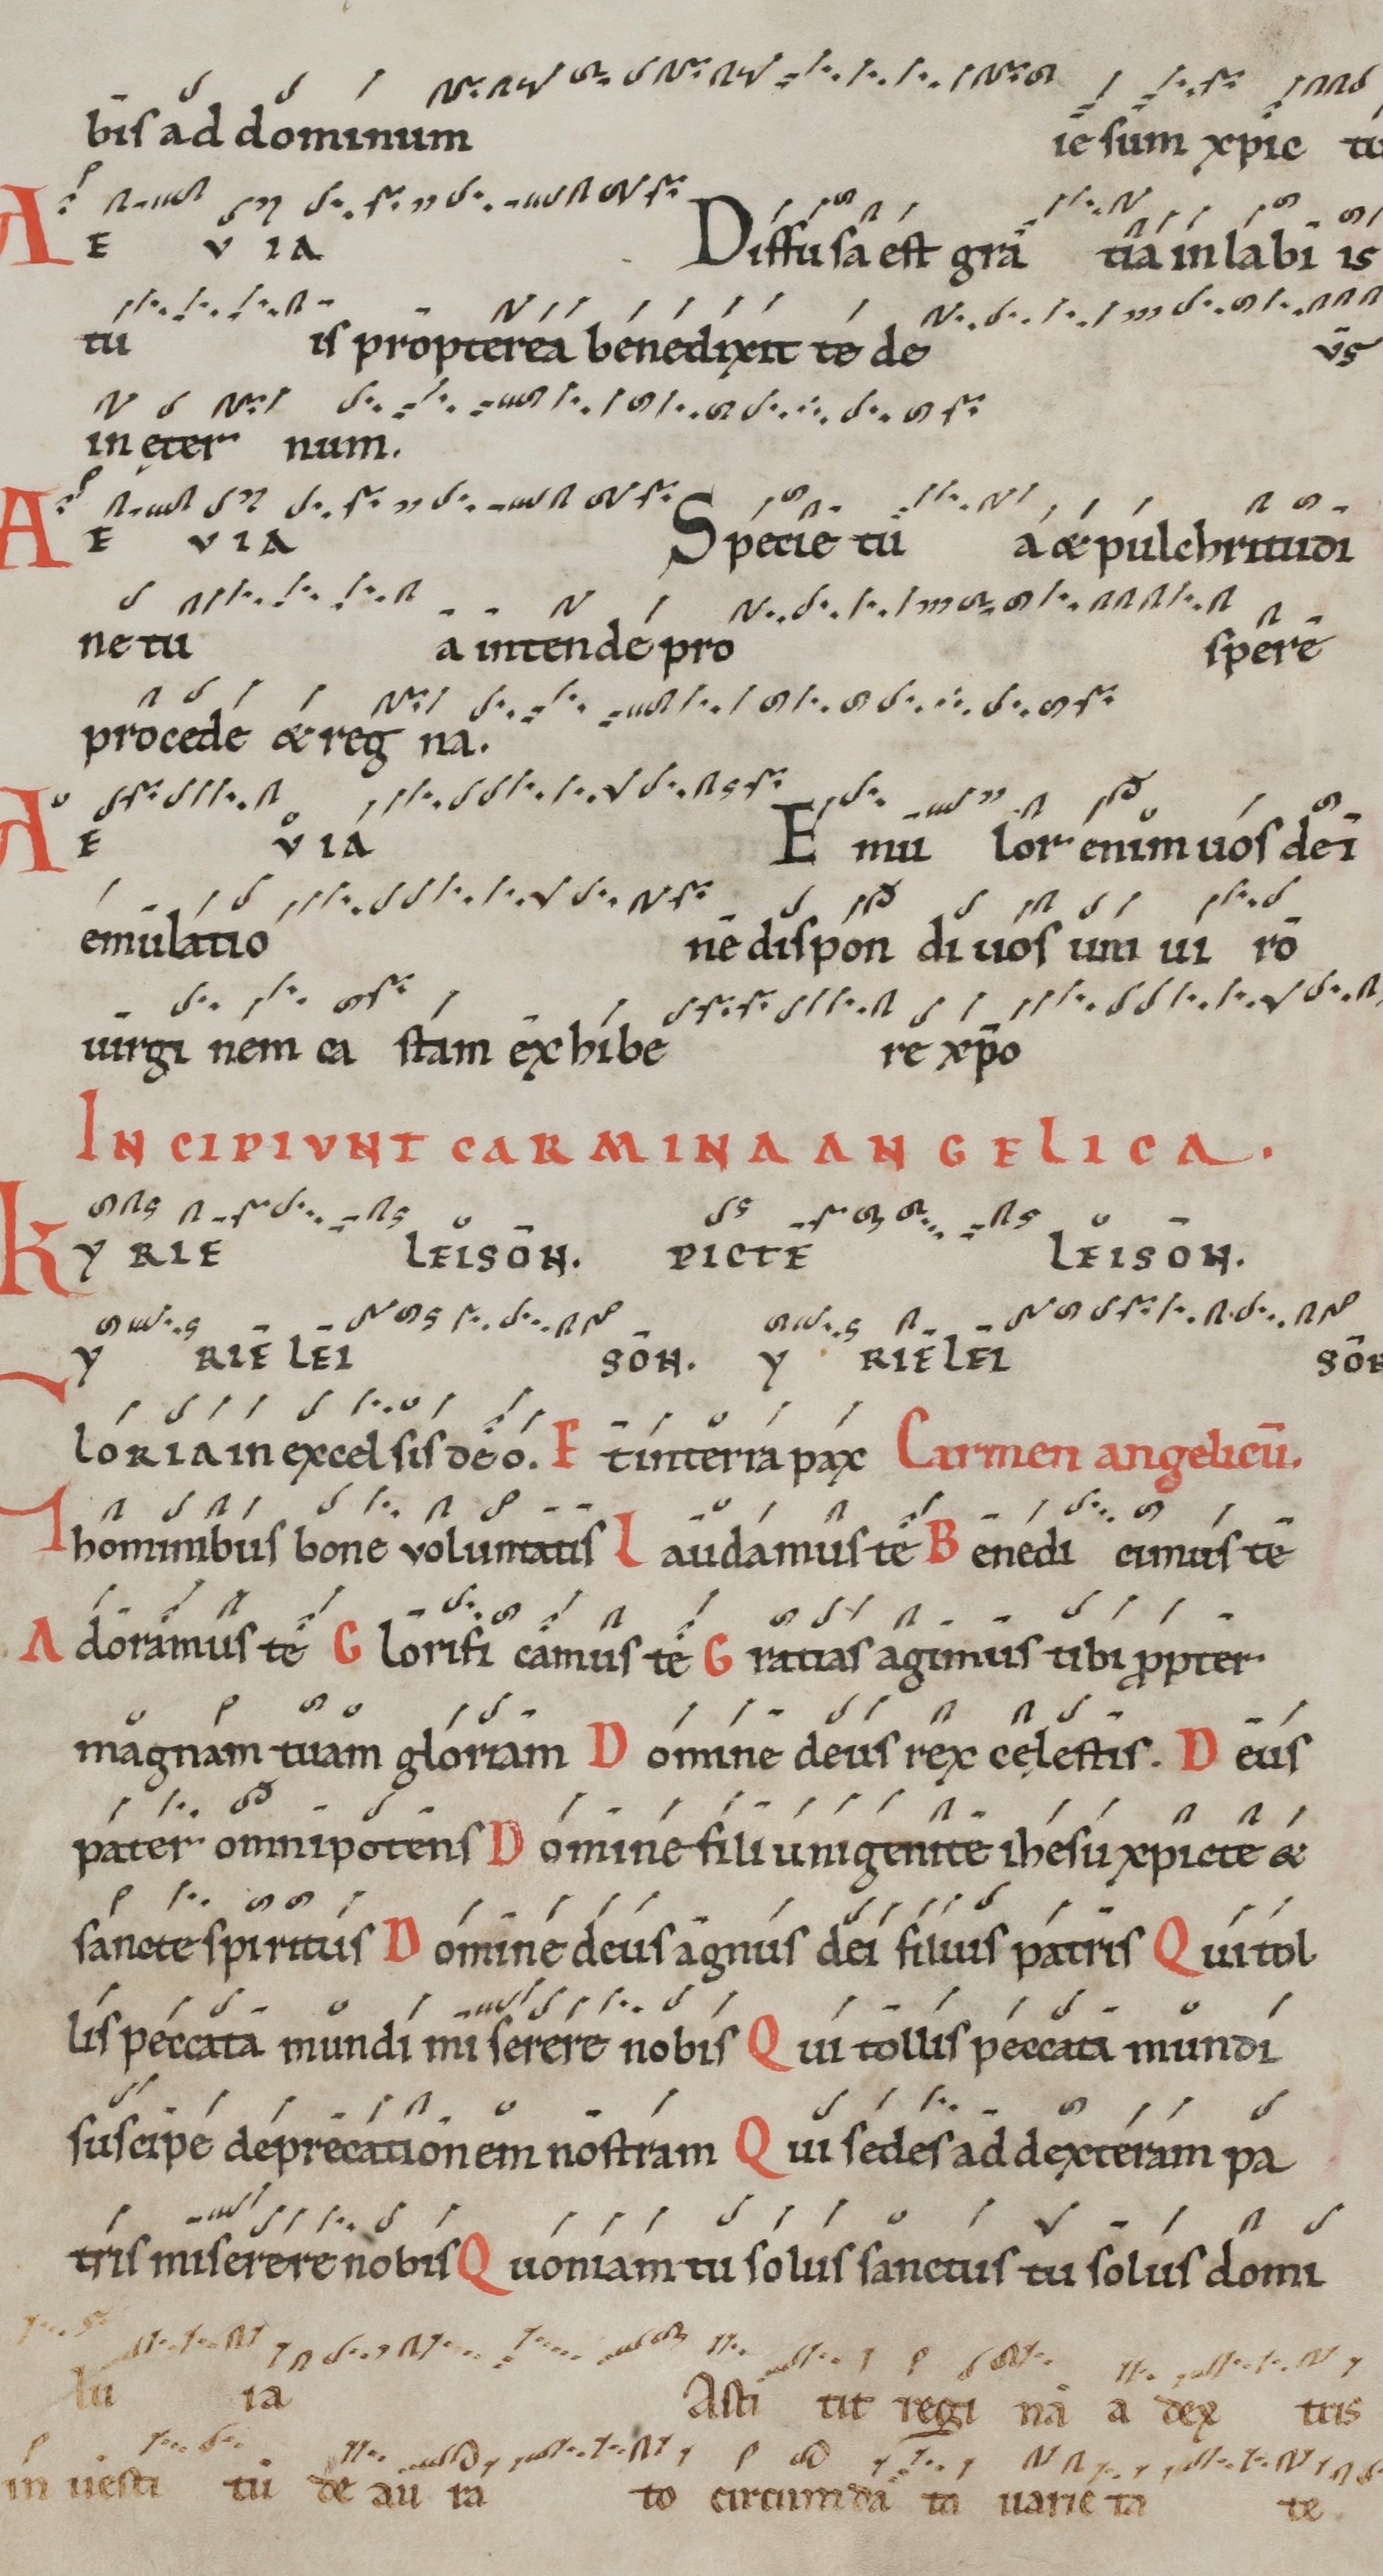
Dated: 1100–1199